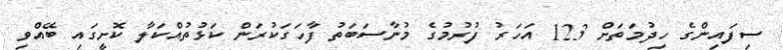
ސިފައިންގެ ހިދުމަތަށް 123 އަހަރު ފުރުމުގެ މުނާސަބަތު ފާހަގަކުރަން ކަޅުތުއްކަލާ ކޮށީގައި ބޭއްވި